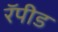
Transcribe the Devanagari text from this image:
रॅपीड